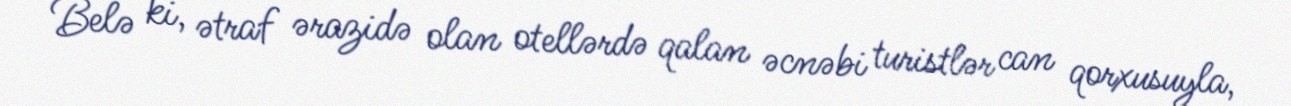
Belə ki, ətraf ərazidə olan otellərdə qalan əcnəbi turistlər can qorxusuyla,